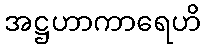
အဋ္ဌဟာကာရေဟိ